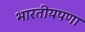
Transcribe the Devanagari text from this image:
भारतीयपणा